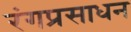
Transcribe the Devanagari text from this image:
रंगप्रसाधन